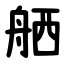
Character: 舾